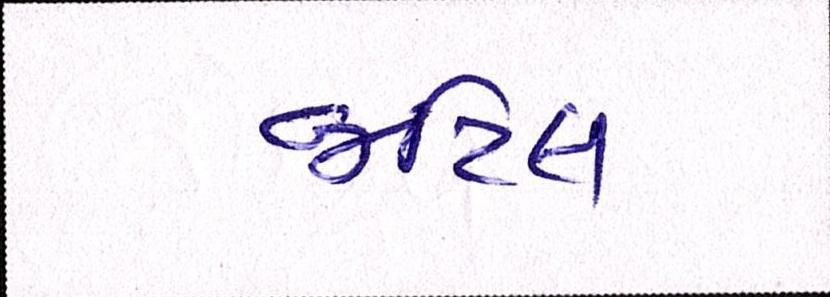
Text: જટિલ